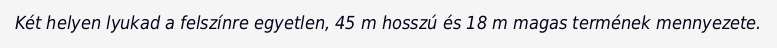
Két helyen lyukad a felszínre egyetlen, 45 m hosszú és 18 m magas termének mennyezete.